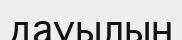
дауылын